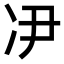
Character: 𫥃